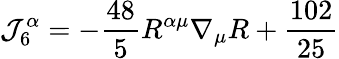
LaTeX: \mathcal{J}_{6}^{\alpha}=-\frac{{48}}{{5}}R^{\alpha\mu}\nabla_{\mu}R+{\frac{{102}}{{25}}}